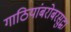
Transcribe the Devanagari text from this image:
गाठियांबरोबरसुद्धा